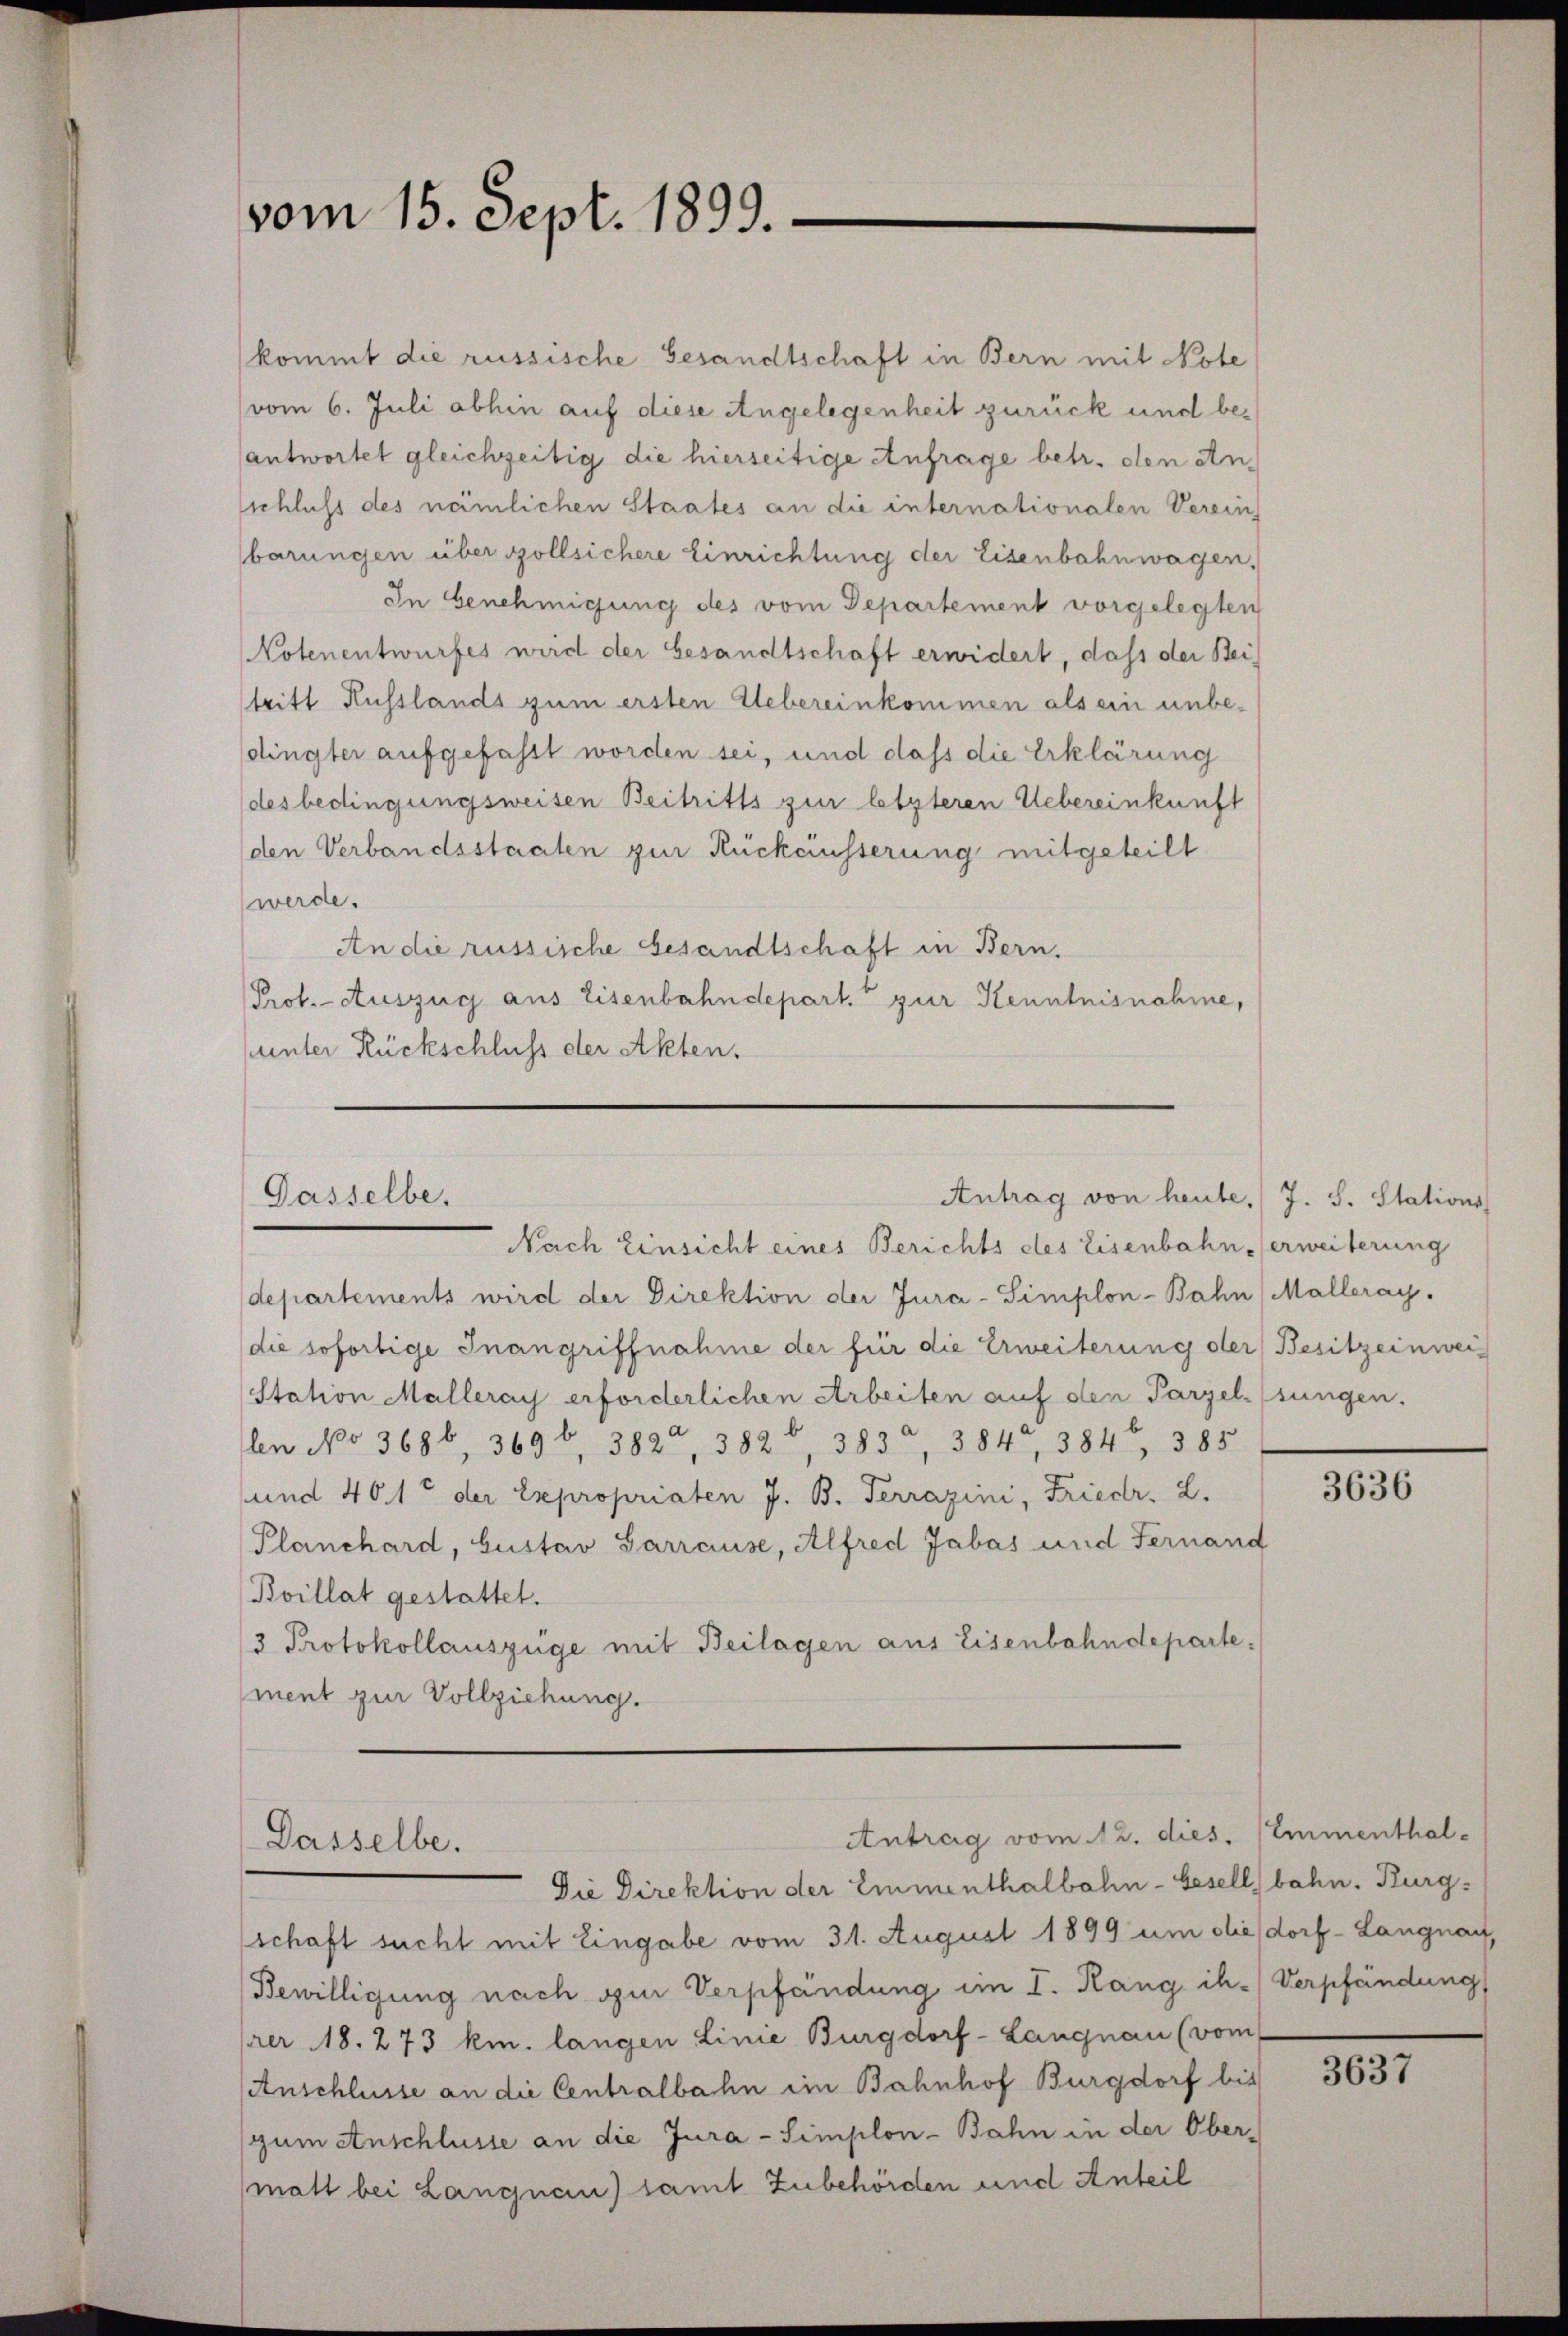
vom 15. Sept. 1899.

kommt die russische Gesandtschaft in Bern mit Note
vom 6. Juli abhin auf diese Angelegenheit zurück und beantwortet gleichzeitig die hierseitige Anfrage betr. den Anschluss des nämlichen Staates an die internationalen Vereins
barungen über sollsichere Einrichtung der Eisenbahnwagen,
In Genehmigung des vom Departement vorgelegten
Notenentwurfes wird der Gesandtschaft erwidert, dass der Beitritt Russlands zum ersten Uebereinkommen als ein unbe-
dlingter aufgefasst worden sei, und dass die Erklärung
des bedingungsweisen Beitritts zur letzteren Uebereinkunft
den Verbandsstaaten zur Rückäusserung mitgeteilt
werde.
An die russische Gesandtschaft in Bern.
Prof. Auszug aus Eisenbahndepart. zur Kenntnisnahme,
unter Rückschluss der Akten.
Antrag von heute. J. S. Stations
Gasselbe.
Nach Einsicht eines Berichts des Eisenbahn erweiterung
departements wird der Direktion der Jura-Simplon-Bahn Malleray.
die sofortige Inangriffnahme der für die Erweiterung der Besitzeinwei¬
Station Malleray erforderlichen Arbeiten auf den Parzel-(sungen.
len No 3686, 369 f. 382, 382, 383, 3840, 384, 385
und 401 der Expropriaten J. B. Terrazini, Friedr. 2.
Planchard, Gustav Garrause, Alfred Jabas und Fernand
Boillat gestattet.
3 Protokollauszüge mit Beilagen aus Eisenbahndepartement zur Vollziehung.
Antrag vom 12. dies. (Emmenthal-

Dasselbe.

Die Direktion der Emmenthalbahn-Gesellbahn. Burgschaft sucht mit Eingabe vom 31. August 1899 um die dorf- Langnau,
Bewilligung nach ohne Verpfandung im I. Rang ih-Verpfändung
rer 18. 273 km. langen Linie Burgdorf- Langnau (vom
Anschlusse an die Centralbahn im Bahnhof Burgdorf bis
zum Anschlusse an die Jura-Simplon-Bahn in der Ober-
matt bei Langnau) samt Zubehörden und Anteil

3636

3637